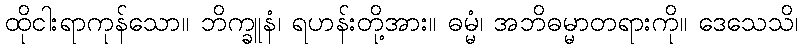
ထိုငါးရာကုန်သော။ ဘိက္ခူနံ၊ ရဟန်းတို့အား။ ဓမ္မံ၊ အဘိဓမ္မာတရားကို။ ဒေသေသိ၊